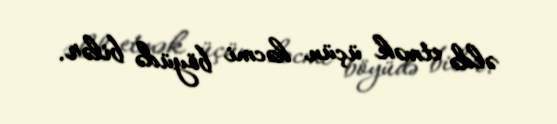
əldə etmək üçün həcmi böyüdə bilər.